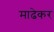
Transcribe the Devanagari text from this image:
माढेकर